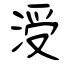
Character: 涭